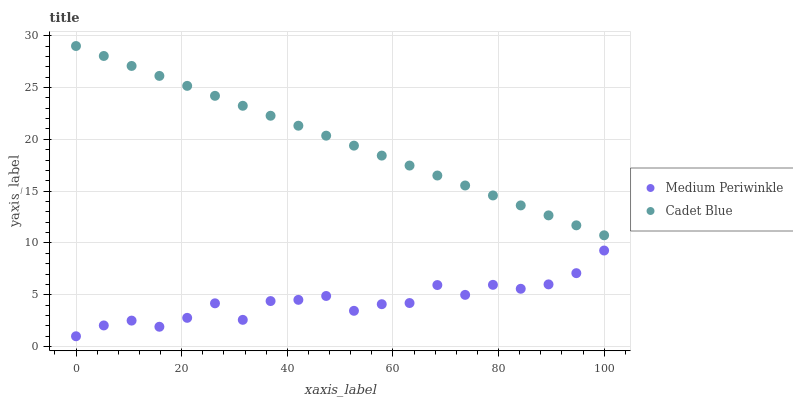
| xaxis_label | Medium Periwinkle | Cadet Blue |
 | --- | --- | --- |
 | 0 | 1 | 29 |
 | 5.26 | 2.04 | 28 |
 | 10.5 | 2.51 | 27.1 |
 | 15.8 | 1.92 | 26.1 |
 | 21.1 | 2.78 | 25.2 |
 | 26.3 | 4.18 | 24.2 |
 | 31.6 | 2.58 | 23.2 |
 | 36.8 | 4.39 | 22.3 |
 | 42.1 | 4.51 | 21.3 |
 | 47.4 | 4.89 | 20.4 |
 | 52.6 | 3.45 | 19.4 |
 | 57.9 | 4.09 | 18.4 |
 | 63.2 | 4.2 | 17.5 |
 | 68.4 | 5.94 | 16.5 |
 | 73.7 | 4.99 | 15.5 |
 | 78.9 | 5.96 | 14.6 |
 | 84.2 | 5.58 | 13.6 |
 | 89.5 | 6 | 12.7 |
 | 94.7 | 7.09 | 11.7 |
 | 100 | 9.27 | 10.7 |